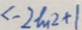
\angle - 2 M 2 + 1